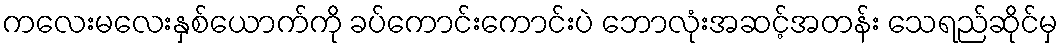
ကလေးမလေးနှစ်ယောက်ကို ခပ်ကောင်းကောင်းပဲ ဘောလုံးအဆင့်အတန်း သေရည်ဆိုင်မှ